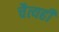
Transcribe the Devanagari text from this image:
चैत्यही